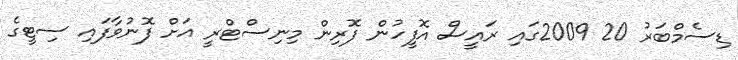
ޑިސެމްބަރު 20 2009ގައި ރައީސް އޮފީހުން ފޮރިން މިނިސްޓްރީ އަށް ފޮނުވާފައި ސިޓީގެ